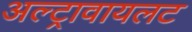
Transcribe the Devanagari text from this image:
अल्ट्रावायलट